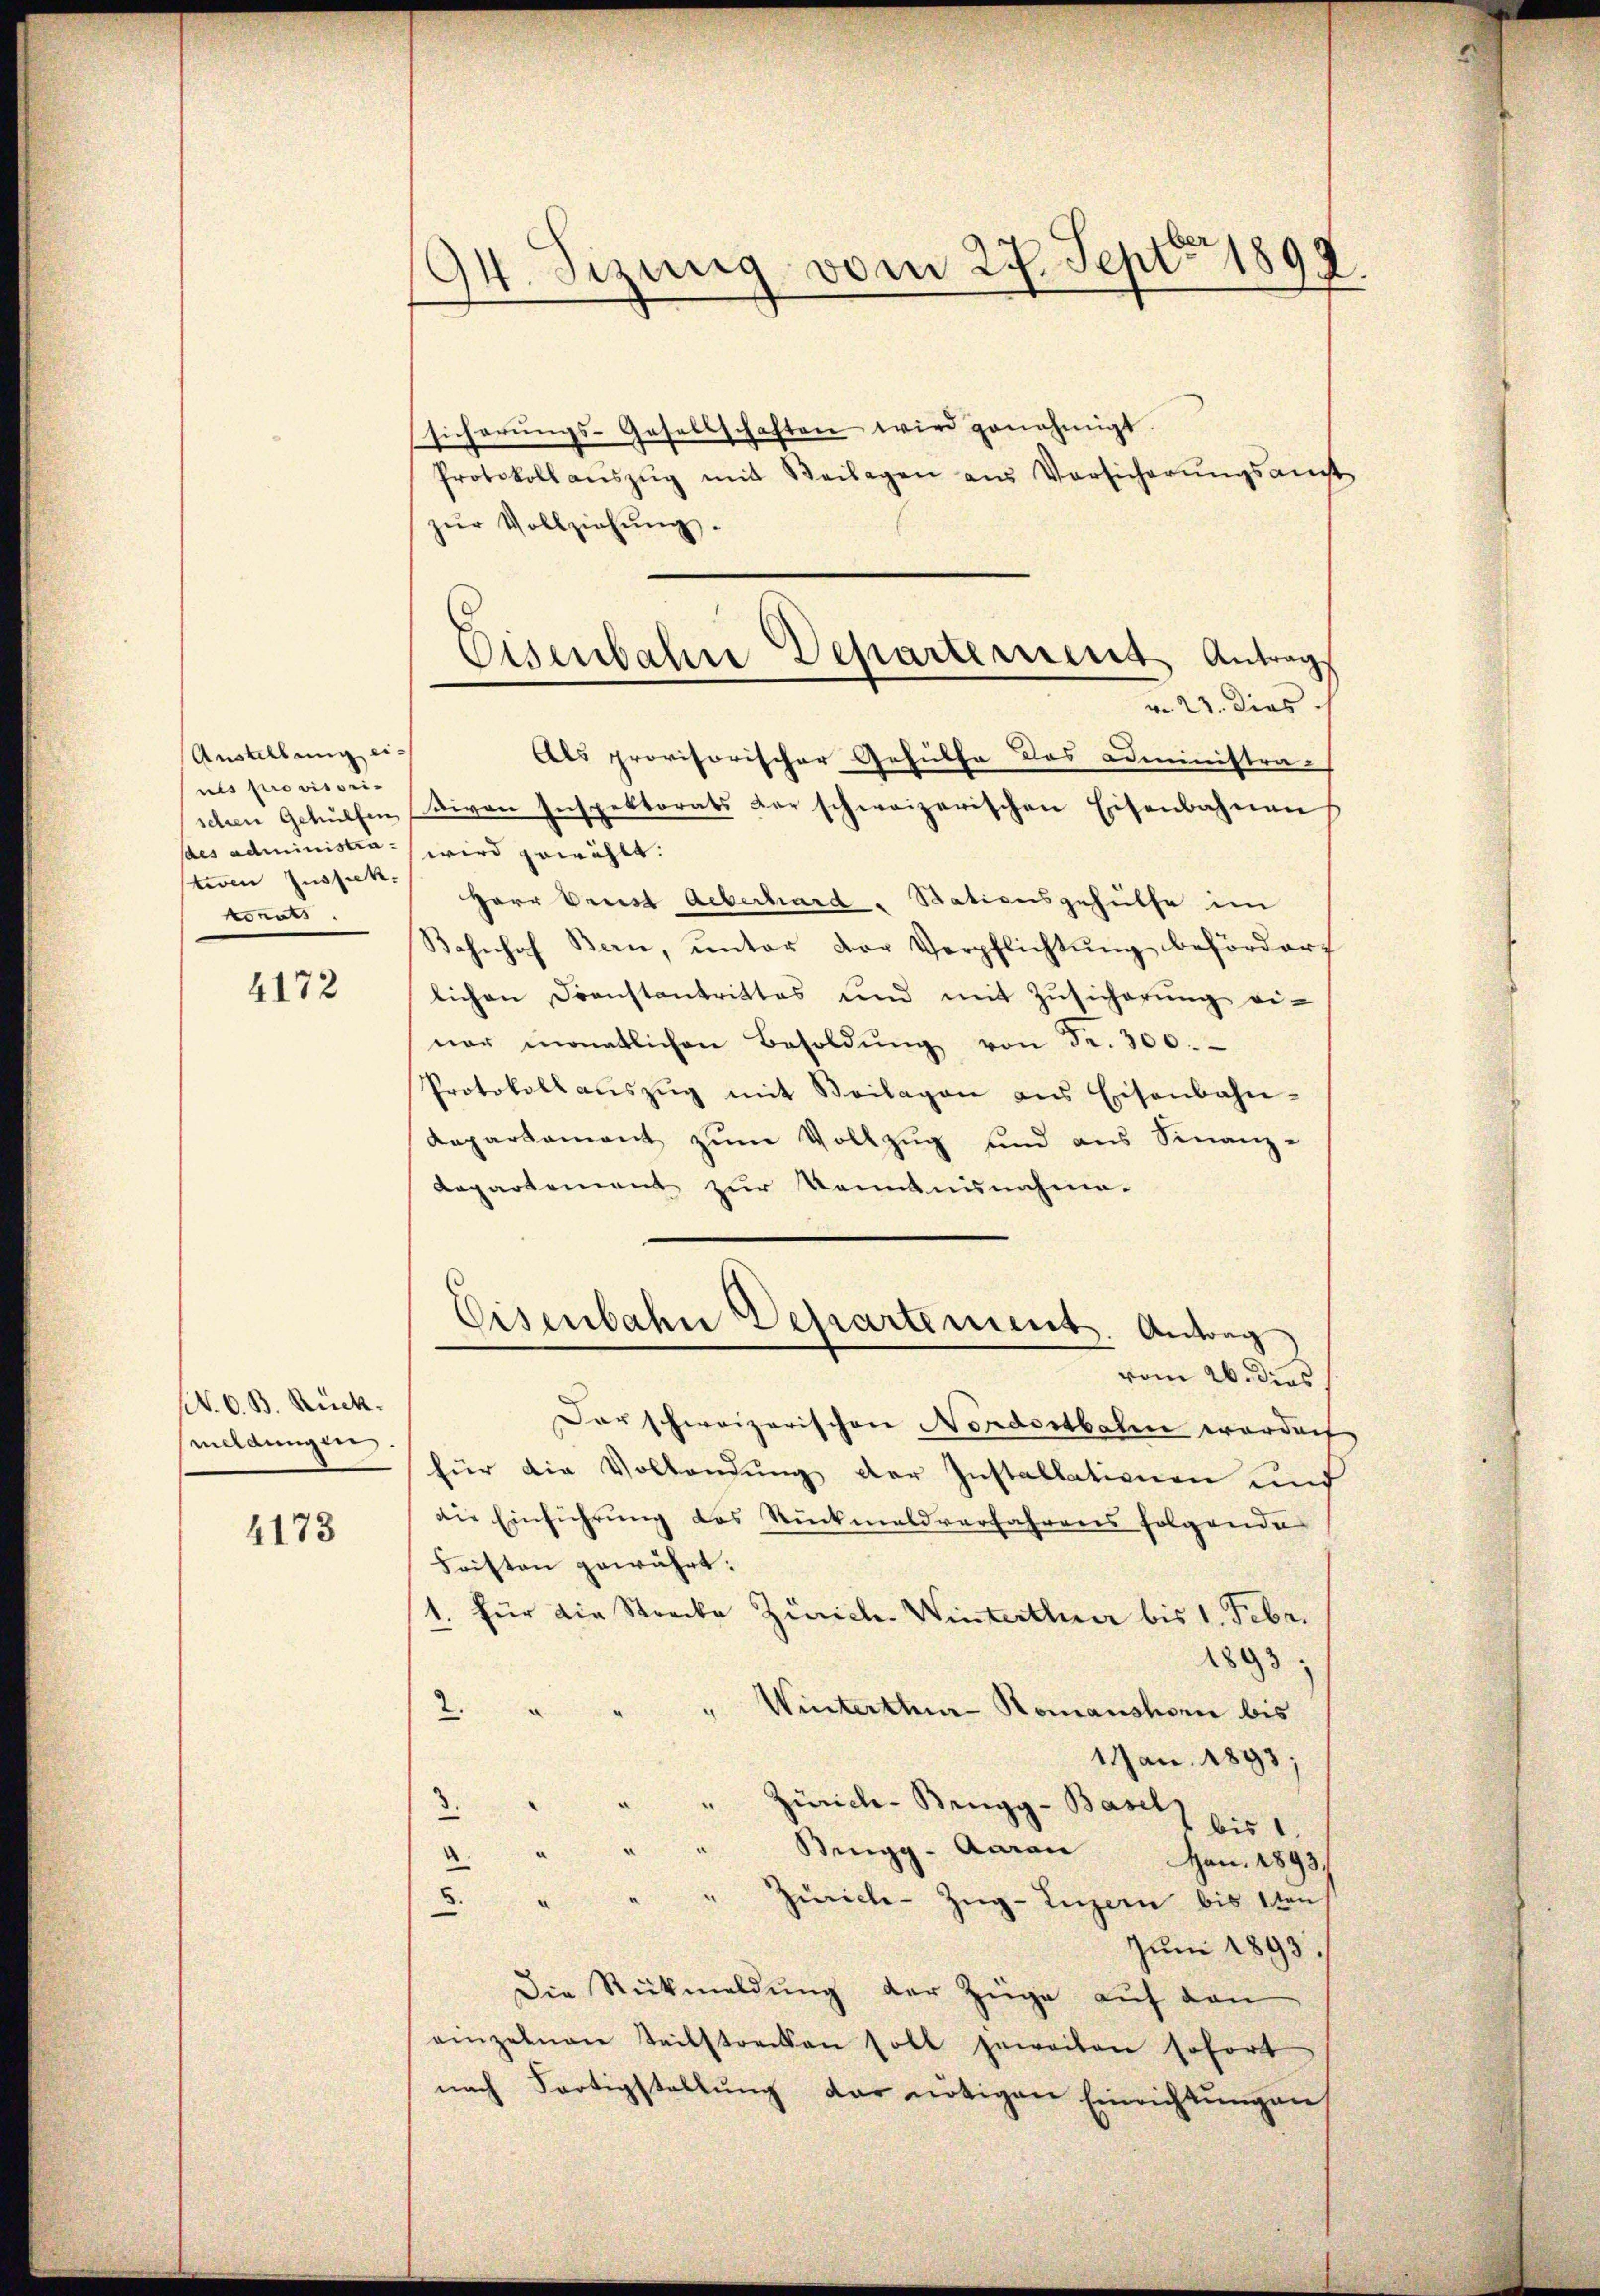
Austellung einis provisoristiven Zustik.
ponats

4172

N. O. B. Rückmeldungen

4173

ben
94. Sizung vom 27. Sept. 1892.

sicherŭngs-Gesellschaften wird genehmigt
Protokoll aŭszŭg mit Beilagen aus Vorsicherŭngsant
zŭr Vollziehŭng.
vo 23. dies
Als provisorischer Gehülfe des administra-
schen Gehülfen von Inspektorats der schweizerischen Eisenbahnen
ses administra wird gewählt:
Herr Preist Aeberhard-Stationsgehülfe im
Bahnhof Bern, ŭnter der Verpflichtŭng befördert
lichen Franstantrittes und mit Zŭsicherŭng ei-
ner monatlichen Besoldŭng von Fr. 300.
Protokollaŭszŭg mit Beilagen ans Eisenbahn-
Repartament zŭm Vollzug und aus Finanz-
Repartement zur Kenntnisnahme.
Eisenbahn Departement. Antrag
vom 26. dies
Dar schweizerischen Nordostbaten worden
für die Vollendung der Installationen und
die Einführung des Rückmaldverfahrens folgende
Fristen gewährt.
1. für die Strecke Zürich. Winterthur bis 1. Febr.
1893.
2
Winterthur - Romanshorn bis
d
1Jan. 1893;
3. " " " Zürich-Brugg-Bars bis 1.
4 " " " Bingg-Aarau Jan. 1893/
" " " Zürich-Zŭg-Luzern bis 1ten
Juni 1893
Die Rückmeldung der Züge auf den
einzelnen Teilstrecken soll jeweiten sofort
nach Fortigstellung der nötigen Einrichtungen

Eisenbahre Departement Antrag